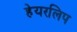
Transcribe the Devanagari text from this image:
हेयरलिप